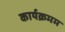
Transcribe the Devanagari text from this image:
कार्यक्रमम